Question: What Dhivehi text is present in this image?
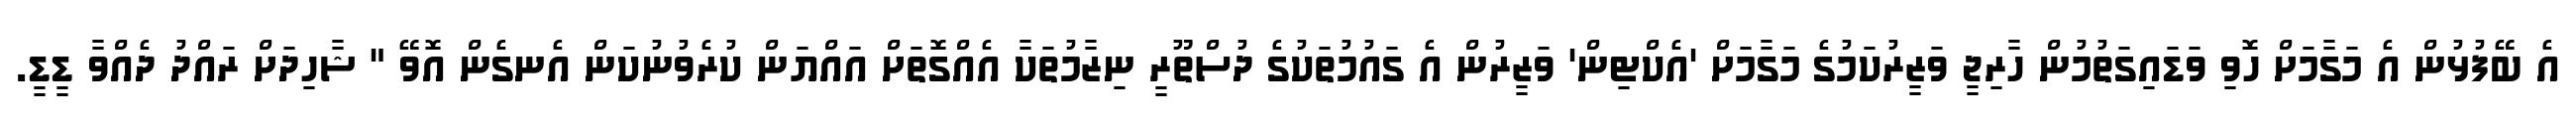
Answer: އެ ބޭފުޅުން އެ މަގާމަށް ހޮވި ވަޑައިގަތުމުން ހާރިޖީ ވަޒީރުކަމުގެ މަގާމަށް 'އެކްޓިން' ވަޒީރުން އެ ގައުމުތަކުގެ ދުސްތޫރީ ނިޒާމުތަކާ އެއްގޮތަށް އައްޔަން ކުރެވުނުކަން އެނގެން އޮވޭ " ޝާހިދަށް ރައްދު ދެއްވާ ޑީޑީ.